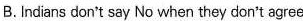
B. lndians don't say No when they don't agree